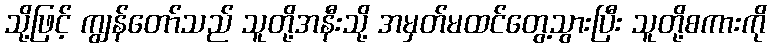
သို့ဖြင့် ကျွန်တော်သည် သူတို့အနီးသို့ အမှတ်မထင်တွေ့သွားပြီး သူတို့စကားကို